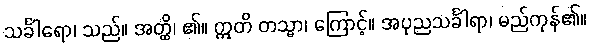
သင်္ခါရော၊ သည်။ အတ္ထိ၊ ၏။ ဣတိ တသ္မာ၊ ကြောင့်။ အပုညသင်္ခါရာ၊ မည်ကုန်၏။